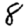
Digit: 8